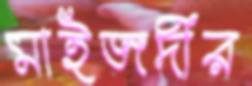
মাইজদীর